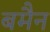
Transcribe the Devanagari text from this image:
बमैन